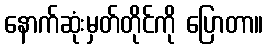
နောက်ဆုံးမှတ်တိုင်ကို ပြောတာ။